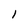
Character: 1